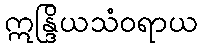
ဣန္ဒြိယသံဝရာယ